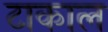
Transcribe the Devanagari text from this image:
टाकाल